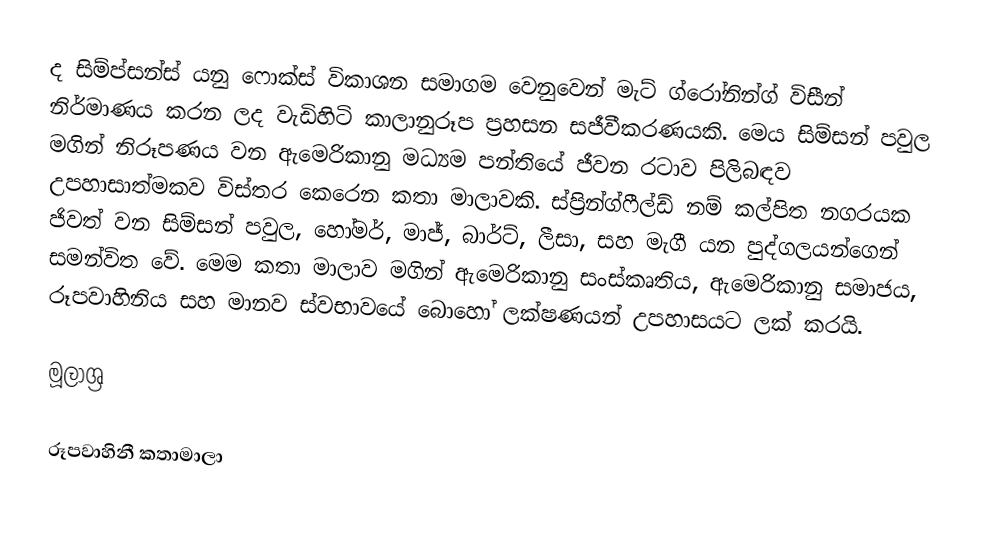
ද සිම්ප්සන්ස් යනු ෆොක්ස් විකාශන සමාගම  වෙනුවෙන් මැට් ග්රෝනින්ග් විසීන් නිර්මාණය කරන ලද වැඩිහිටි කාලානුරූප ප්‍රහසන සජීවීකරණයකි. මෙය සිම්සන් පවුල මගින් නිරූපණය වන ඇමෙරිකානු මධ්‍යම පන්තියේ ජීවන රටාව පිලිබඳව උපහාසාත්මකව විස්තර කෙරෙන කතා මාලාවකි. ස්ප්‍රින්ග්ෆීල්ඩ් නම් කල්පිත නගරයක ජිවත් වන සිම්සන් පවුල, හෝමර්, මාජ්, බාර්ට්, ලීසා, සහ මැගී යන පුද්ගලයන්ගෙන් සමන්විත වේ. මෙම කතා මාලාව මගින් ඇමෙරිකානු සංස්කෘතිය, ඇමෙරිකානු සමාජය, රූපවාහිනිය සහ මානව ස්වභාවයේ බොහෝ ලක්ෂණයන් උපහාසයට ලක් කරයි.

මූලාශ්‍ර

රූපවාහිනී කතාමාලා